Report on the treatment of epidemic cholera: from information collected by the governments of Bengal, Madras, Bombay, N.W. Provinces, Punjab, Oudh, and Central India, by order of the Government of India
Disease focus: Cholera
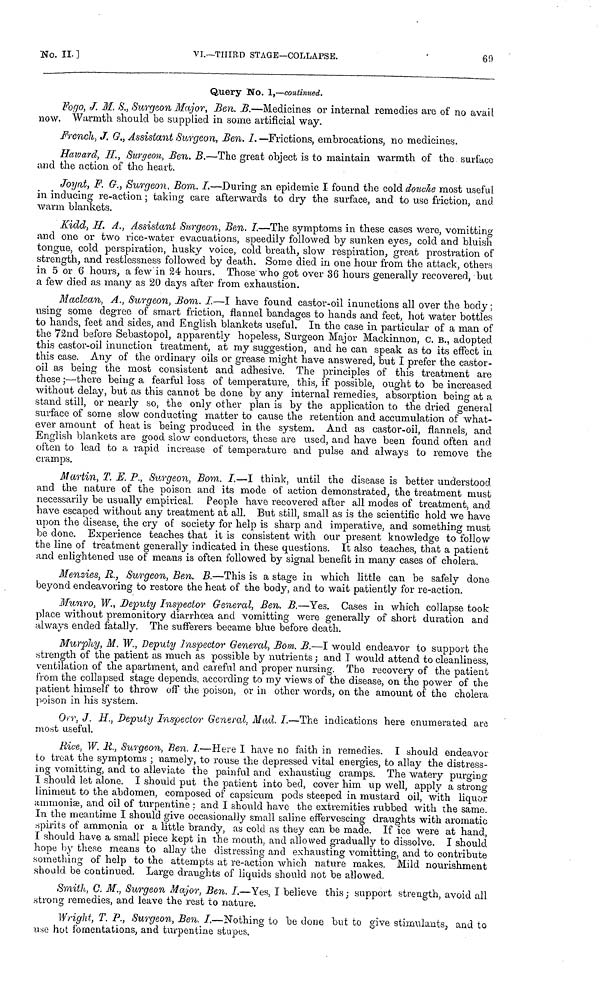
No.
II.]
VI.—THIRD STAGE—COLLAPSE.
69
Query No. 1,—continued.
Fogo, J. M. S., Surgeon Major, Ben. B.—Medicines or internal remedies are of no avail
now. Warmth should be supplied in some artificial way.
French, J. G., Assistant Surgeon, Ben. I. —Frictions, embrocations, no medicines.
Haward, H., Surgeon, Ben. B.—The great object is to maintain warmth of the surface
and the action of the heart.
Joynt, F. G., Surgeon, Bom. I—During an epidemic I found the cold douche most useful
in inducing re-action ; taking care afterwards to dry the surface, and to use friction, and
warm blankets.
Kidd, Η. Α., Assistant Surgeon, Ben. I.—The symptoms in these cases were, vomitting
and one or two rice-water evacuations, speedily followed by sunken eyes, cold and bluish
tongue, cold perspiration, husky voice, cold breath, slow respiration, great prostration of
strength, and restlessness followed by death. Some died in one hour from the attack, others
in 5 or 6 hours, a few in 24 hours. Those who got over 36 hours generally recovered, but
a few died as many as 20 days after from exhaustion.
Maclean, A., Surgeon, Bom. I.—I have found castor-oil inunctions all over the body ;
using some degree of smart friction, flannel bandages to hands and feet, hot water bottles
to hands, feet and sides, and English blankets useful. In the case in particular of a man of
the 72nd before Sebastopol, apparently hopeless, Surgeon Major Mackinnon, C. B., adopted
this castor-oil inunction treatment, at my suggestion, and he can speak as to its effect in
this case. Any of the ordinary oils or grease might have answered, but I prefer the castor-
oil as being the most consistent and adhesive. The principles of this treatment are
these ;—there being a fearful loss of temperature, this, if possible, ought to be increased
without delay, but as this cannot be done by any internal remedies, absorption being at a
stand still, or nearly so, the only other plan is by the application to the dried general
surface of some slow conducting matter to cause the retention and accumulation of what-
ever amount of heat is being produced in the system. And as castor-oil, flannels, and
English blankets are good slow conductors, these are used, and have been found often and
often to lead to a rapid increase of temperature and pulse and always to remove the
cramps.
Martin, T. E. P., Surgeon, Bom. I.—I think, until the disease is better understood
and the nature of the poison and its mode of action demonstrated, the treatment must
necessarily be usually empirical. People have recovered after all modes of treatment, and.
have escaped without any treatment at all. But still, small as is the scientific hold we have
upon the disease, the cry of society for help is sharp and imperative, and something must
be done. Experience teaches that it is consistent with our present knowledge to follow
the line of treatment generally indicated in these questions. It also teaches, that a patient
and enlightened use of means is often followed by signal benefit in many cases of cholera.
Menzies, R., Surgeon, Ben. B.—This is a stage in which little can be safely done
beyond endeavoring to restore the heat of the body, and to wait patiently for re-action.
Munro, W., Deputy Inspector General, Ben. B.—Yes. Cases in which collapse took
place without premonitory diarrhoea and vomitting were generally of short duration and
always ended fatally. The sufferers became blue before death.
Murphy, M. W., Deputy Inspector General, Bom. B.—I would endeavor to support the
strength of the patient as much as possible by nutrients ; and T would attend to cleanliness,
ventilation of the apartment, and careful and proper nursing. The recovery of the patient
from the collapsed stage depends, according to my views of the disease, on the power of the
patient himself to throw off the poison, or in other words, on the amount of the cholera
poison in his system.
Orr, J. H., Deputy Inspector General. Mad. I.—The indications here enumerated are
most useful.
Rice, W. R., Surgeon, Ben. I.—Here I have no faith in remedies. I should endeavor
to treat the symptoms ; namely, to rouse the depressed vital energies, to allay the distress-
ing vomitting, and to alleviate the painful and exhausting cramps. The watery purging
I should let alone. I should put the patient into bed, cover him up well, apply a strong
liniment to the abdomen, composed of capsicum pods steeped in mustard oil, with liquor
ammoniæ, and oil of turpentine ; and I should have the extremities rubbed with the same.
in the meantime I should give occasionally small saline effervescing draughts with aromatic
spirits of ammonia or a little brandy, as cold as they can be made. If ice were at hand,
I should have a small piece kept in the mouth, and allowed gradually to dissolve. I should
hope by these means to allay the distressing and exhausting vomitting, and to contribute
something of help to the attempts at re-action which nature makes. Mild nourishment
should be continued. Large draughts of liquids should not be allowed.
Smith, C. M., Surgeon Major, Ben. I.—Yes, I believe this ; support strength, avoid all
strong remedies, and leave the rest to nature.
Wright, T. P., Surgeon, Ben. I.—Nothing to be done but to give stimulants, and to
use hot fomentations, and turpentine stupes.